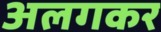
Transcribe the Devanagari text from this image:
अलगकर